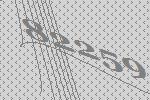
82259